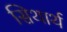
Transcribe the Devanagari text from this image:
सिथार्थ